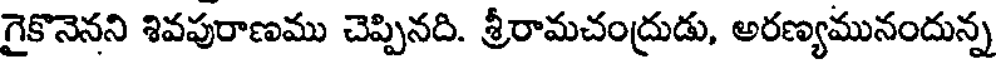
గైకొనెనని శివపురాణము చెప్పినది. శ్రీరామచంద్రుడు, అరణ్యమునందున్న